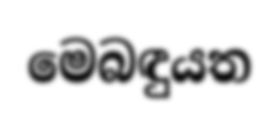
මෙබඳුයත